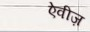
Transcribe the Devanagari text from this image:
ऐवीज़